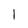
Character: l